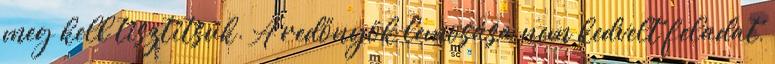
meg kell tisztítsuk. A redőnyök lemosása nem kedvelt feladat,